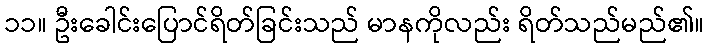
၁၁။ ဦးခေါင်းပြောင်ရိတ်ခြင်းသည် မာနကိုလည်း ရိတ်သည်မည်၏။